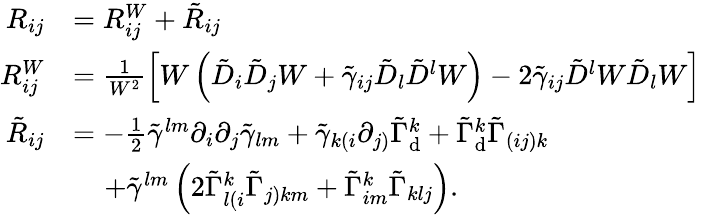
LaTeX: \begin{array}{rl}{R_{ij}}&{=R_{ij}^{W}+\tilde{R}_{ij}}\\ {R_{ij}^{W}}&{=\frac{1}{W^{2}}\left[W\left(\tilde{D}_{i}\tilde{D}_{j}W+\tilde{\gamma}_{ij}\tilde{D}_{l}\tilde{D}^{l}W\right)-2\tilde{\gamma}_{ij}\tilde{D}^{l}W\tilde{D}_{l}W\right]}\\ {\tilde{R}_{ij}}&{=-\frac{1}{2}\tilde{\gamma}^{lm}\partial_{i}\partial_{j}\tilde{\gamma}_{lm}+\tilde{\gamma}_{k(i}\partial_{j)}\tilde{\Gamma}_{\mathrm{d}}^{k}+\tilde{\Gamma}_{\mathrm{d}}^{k}\tilde{\Gamma}_{(ij)k}}\\ &{\; \; \; \; +\tilde{\gamma}^{lm}\left(2\tilde{\Gamma}_{l(i}^{k}\tilde{\Gamma}_{j)km}+\tilde{\Gamma}_{im}^{k}\tilde{\Gamma}_{klj}\right).}\end{array}